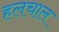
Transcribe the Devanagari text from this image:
हलचाल